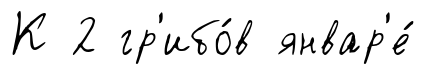
К 2 гр'ибо́в январ'е́